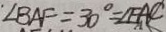
\angle B A F = 3 0 ^ { \circ } = \angle F A C